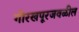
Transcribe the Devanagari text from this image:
गोरखपूरजवळील